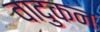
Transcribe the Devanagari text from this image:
वादुकन